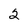
Character: 2